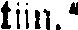
tiin."